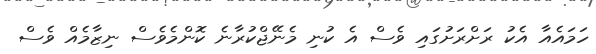
ހަމައެއާ އެކު ރަށްރަށުގައި ވެސް އެ ކުނި މެނޭޖްކުރާނެ ކޮންމެވެސް ނިޒާމެއް ވެސް